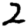
Digit: 2